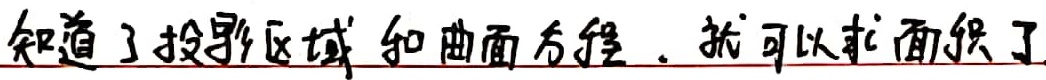
知道了投影区域和曲面方程，就可以求面积了